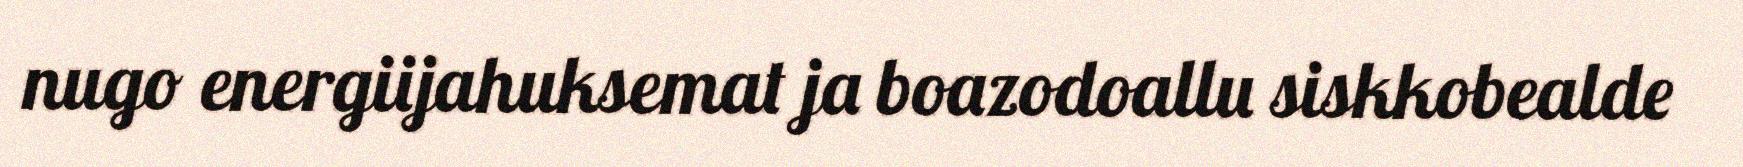
nugo energiijahuksemat ja boazodoallu siskkobealde